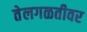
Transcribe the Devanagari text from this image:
तेलगळतीवर